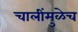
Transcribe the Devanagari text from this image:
चालींमुळेच